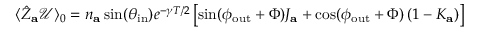
\begin{array} { r } { \langle \hat { Z } _ { \mathbf { a } } \mathcal { U } \rangle _ { 0 } = n _ { \mathbf { a } } \sin ( \theta _ { \mathrm { i n } } ) e ^ { - \gamma T / 2 } \left[ \sin ( \phi _ { \mathrm { o u t } } + \Phi ) J _ { \mathbf { a } } + \cos ( \phi _ { \mathrm { o u t } } + \Phi ) \left( 1 - K _ { \mathbf { a } } \right) \right] } \end{array}